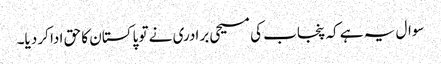
سوال یہ ہے کہ پنجاب کی مسیحی برادری نے تو پاکستان کا حق ادا کر دیا۔